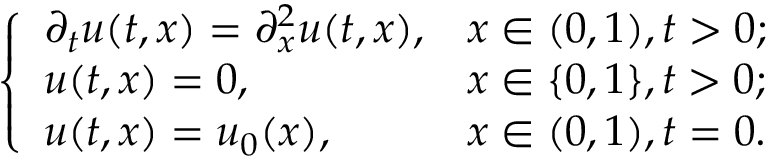
\left\{ \begin{array} { l l } { \partial _ { t } u ( t , x ) = \partial _ { x } ^ { 2 } u ( t , x ) , } & { x \in ( 0 , 1 ) , t > 0 ; } \\ { u ( t , x ) = 0 , } & { x \in \{ 0 , 1 \} , t > 0 ; } \\ { u ( t , x ) = u _ { 0 } ( x ) , } & { x \in ( 0 , 1 ) , t = 0 . } \end{array} \right.